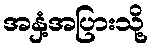
အနှံ့အပြားသို့